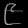
Digit: ၉